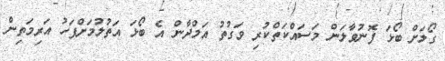
ގޯލަށް ބޯޅަ ފޮނުވާލަން މަސައްކަތްކުރި ވަގުތު އަމްދާން އެ ބޯޅަ އަތުލުމަށްފަހު އަރިމަތިން